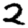
Digit: 2